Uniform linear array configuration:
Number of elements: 32
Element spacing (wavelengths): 0.5
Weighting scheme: exponential
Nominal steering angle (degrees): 60
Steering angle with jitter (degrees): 60.8
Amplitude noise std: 0.05
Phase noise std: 0.05

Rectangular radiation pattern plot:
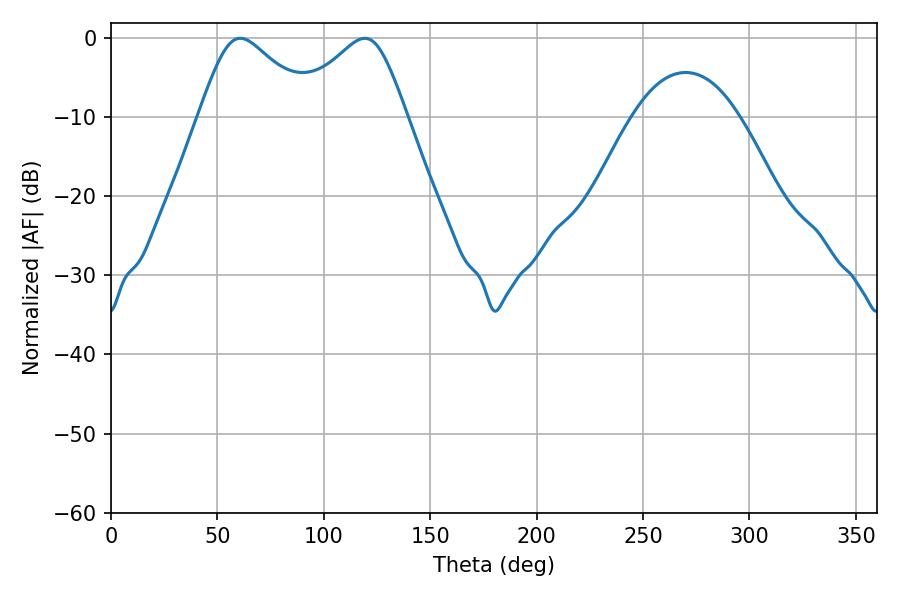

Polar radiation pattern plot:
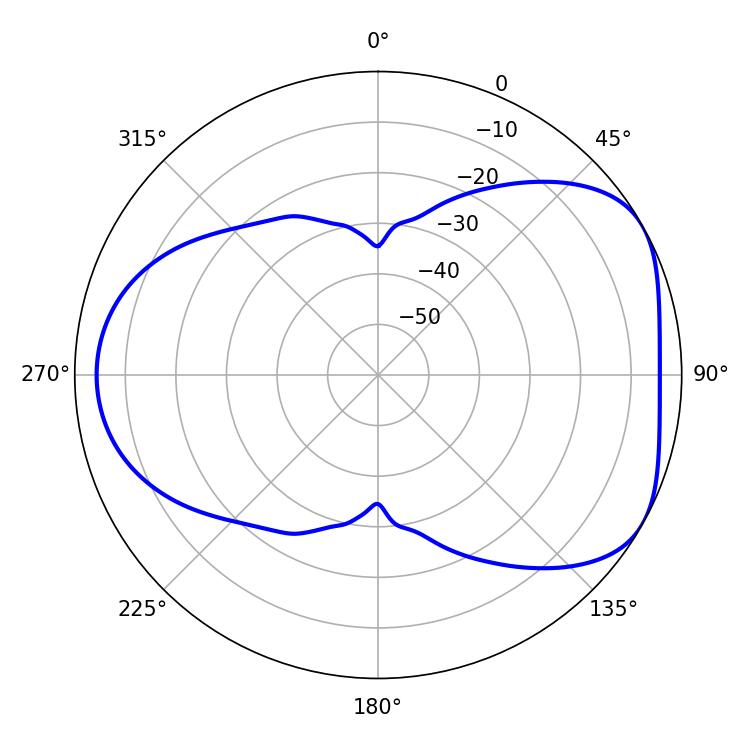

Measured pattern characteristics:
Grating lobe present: FALSE
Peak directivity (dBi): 4.841
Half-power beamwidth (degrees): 26.64
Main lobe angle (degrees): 60.66